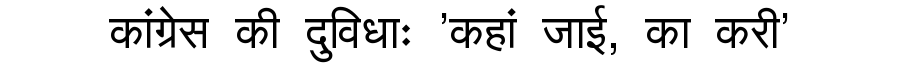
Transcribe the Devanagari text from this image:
कांग्रेस की दुविधाः 'कहां जाई, का करी'